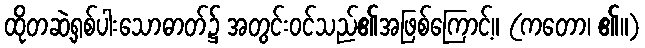
ထိုတဆဲ့ရှစ်ပါးသောဓာတ်၌ အတွင်းဝင်သည်၏အဖြစ်ကြောင့်။ (ကတော၊ ၏။)